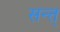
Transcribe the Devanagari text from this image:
सन्त्